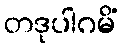
တဒုပါဂမိံ